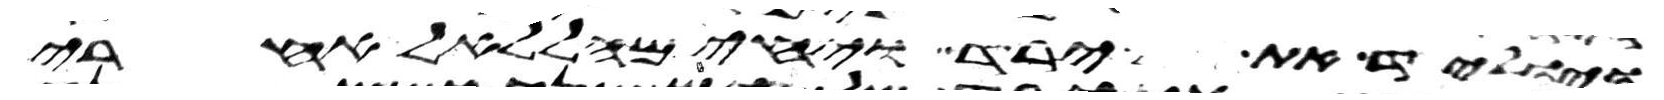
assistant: ויוליד את ירד ויחי מהללאל אחרי